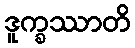
ဒူက္ခဿာတိ